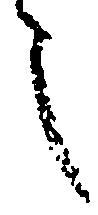
之